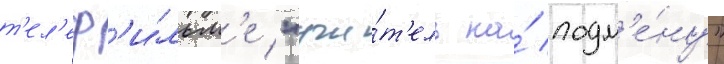
т'ел'еф'и́льм'е "учи́т'ель на́ подм'е́ну"